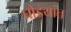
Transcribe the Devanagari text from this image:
घोडयांत